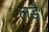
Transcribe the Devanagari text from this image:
लड़ै।